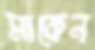
মাকেন